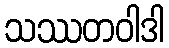
သဿတဝါဒါ